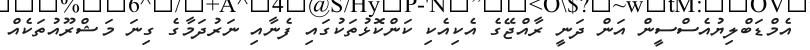
އެމްޑަބްލިޔުއެސްސީން އަން ދަނީ ރާއްޖޭގެ އެކިއެކި ކަންކޮޅުތަކުގައި ފެނާއި ނަރުދަމާގެ ގިނަ މަޝްރޫއުތަކެއް